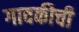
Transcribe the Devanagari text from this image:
गावकीची